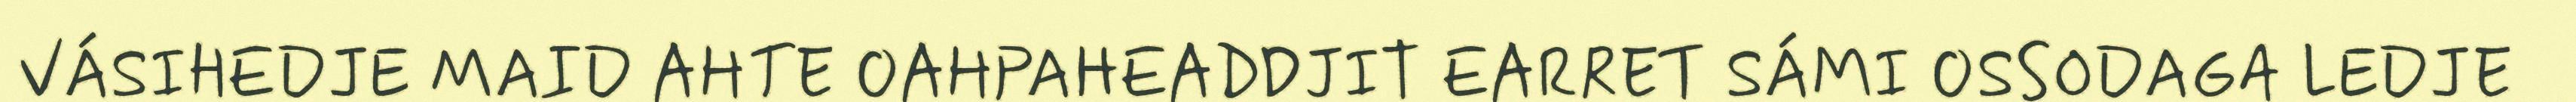
VÁSIHEDJE MAID AHTE OAHPAHEADDJIT EARRET SÁMI OSSODAGA LEDJE